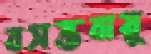
বসন্তবায়ু